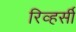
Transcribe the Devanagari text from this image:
रिव्हर्सी